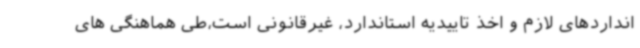
انداردهای لازم و اخذ تاییدیه استاندارد، غیرقانونی است،طی هماهنگی های